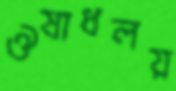
ঔষাধলয়